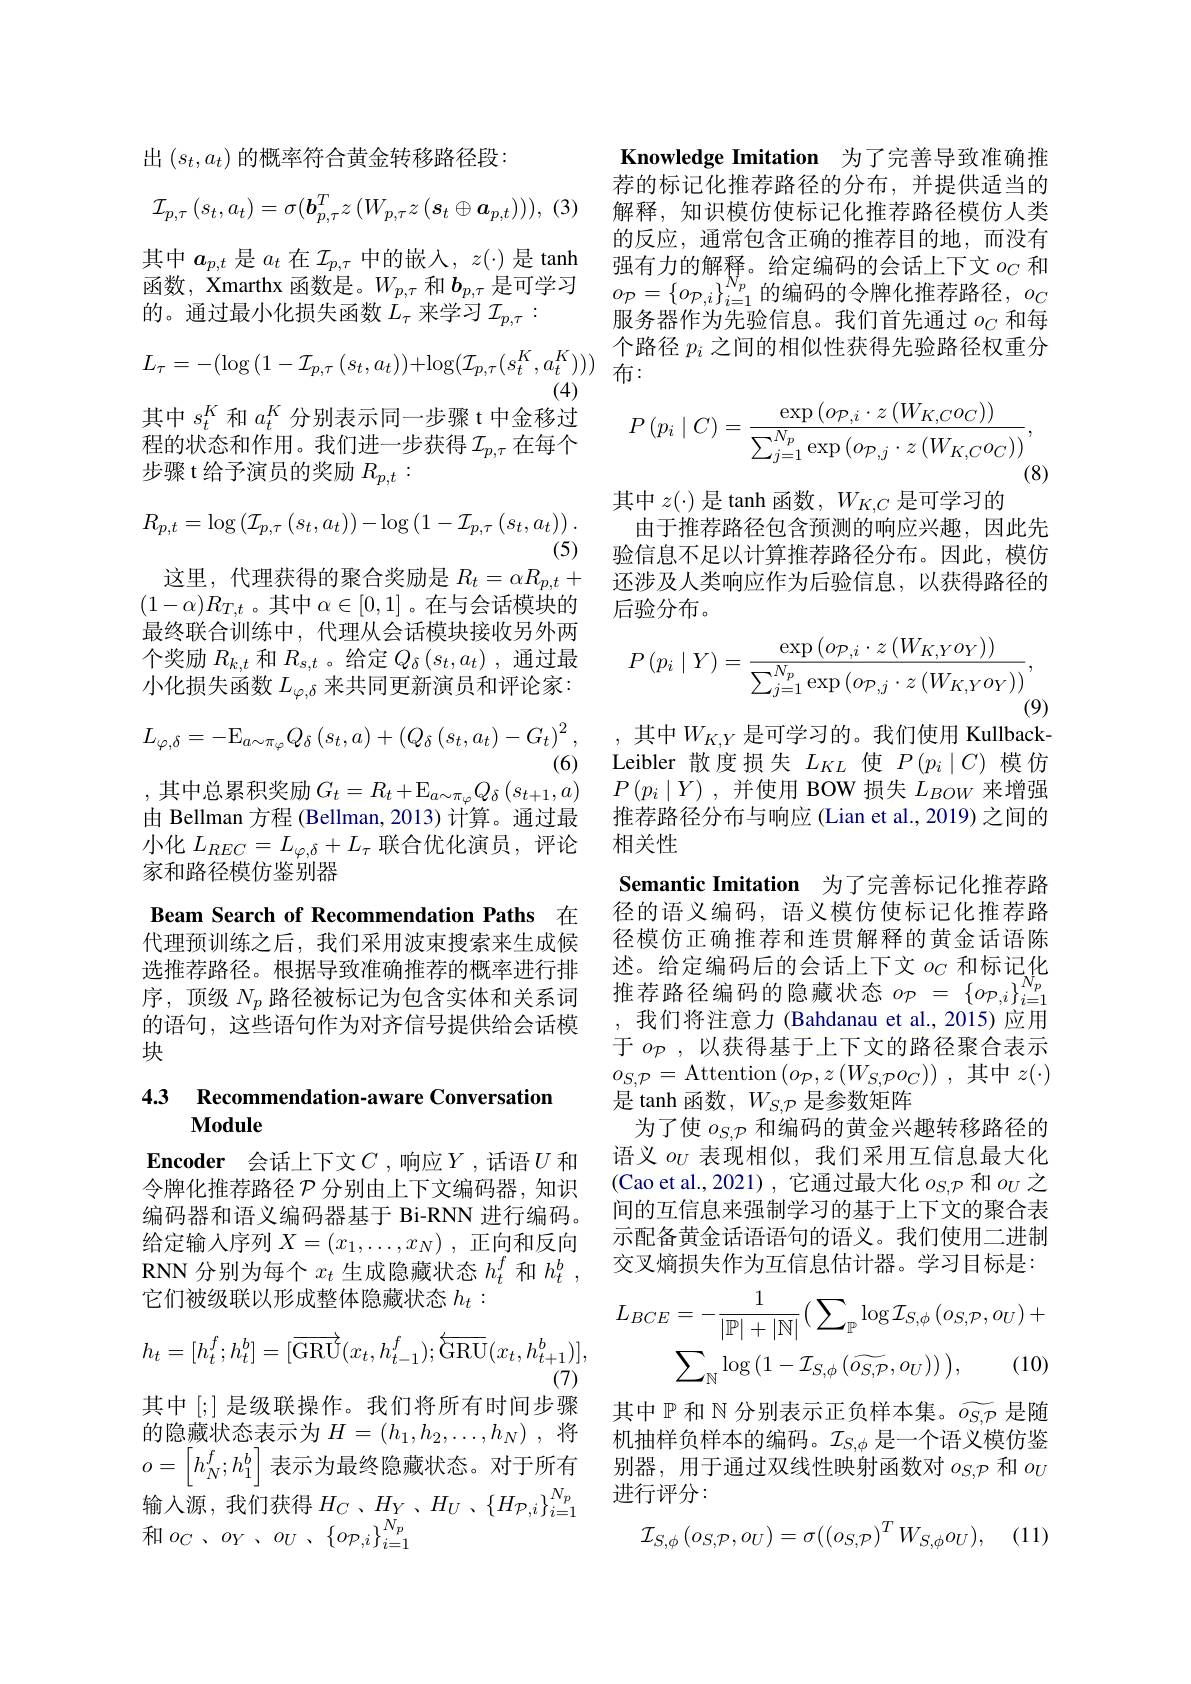
出$(s_t,a_t)$的概率符合黄金转移路径段：
$$\mathcal{I}_{p,\tau}\left(s_t,a_t\right)=\sigma(\boldsymbol{b}_{p,\tau}^Tz\left(W_{p,\tau}z\left(\boldsymbol{s}_t\oplus\boldsymbol{a}_{p,t}\right)\right)),$$
$$L_{\tau}=-(\log{(1-\mathcal{I}_{p,\tau}\:(s_{t},a_{t}))}+\log(\mathcal{I}_{p,\tau}(s_{t}^{K},a_{t}^{K})))$$
(4)

其中$s_t^K$和$a_t^K$分别表示同一步骤 t 中金移过

其中$a_p,t$ 是$a_t$ 在$\mathcal{I}_p,\tau$中的嵌入$,z(\cdot)$ 是 tanh 函数，Xmarthx 函数是。$W_p,\tau$和$b_{p,\tau}$是可学习的。通过最小化损失函数$L_\tau$来学习$\mathcal{I}_p,\tau:$
程的状态和作用。我们进一步获得$\mathcal{I}_p,\tau$在每个
步骤 t 给予演员的奖励$R_p,t:$
$$R_{p,t}=\log\left(\mathcal{I}_{p,\tau}\left(s_t,a_t\right)\right)-\log\left(1-\mathcal{I}_{p,\tau}\left(s_t,a_t\right)\right).$$
(5)
这里，代理获得的聚合奖励是$R_t=\alpha R_{p,t}+$还涉及人类响应作为后验信息，以获得路径的
$(1-\alpha)R_{T,t}$。其中$\alpha\in[0,1]$ 。在与会话模块的最终联合训练中，代理从会话模块接收另外两个奖励$R_{k,t}$和$R_{s,t}$ 。给定$Q_\delta\left(s_t,a_t\right)$,通过最小化损失函数$L_\varphi,\delta$来共同更新演员和评论家：
$$L_{\varphi,\delta}=-\mathrm{E}_{a\sim\pi_{\varphi}}Q_{\delta}\left(s_{t},a\right)+\left(Q_{\delta}\left(s_{t},a_{t}\right)-G_{t}\right)^{2},$$
(6) Leibler 散度损失$L_KL$ 使$P(p_i\mid C)$模仿
,其中总累积奖励$G_t= R_t+ \mathbb{E} _{a\sim \pi _\varphi }Q_\delta \left ( s_{t+ 1}, a\right )$ $P\left ( p_i\mid Y\right ) $,并使用 BOW 损失$L_{BOW}$来增强
由 Bellman 方程 (Bellman, 2013) 计算。通过最小化$L_{REC}=L_{\varphi,\delta}+L_{\tau}$联合优化演员，评论家和路径模仿鉴别器
Beam Search of Recommendation Paths 在代理预训练之后，我们采用波束搜索来生成候

选推荐路径。根据导致准确推荐的概率进行排序，顶级$N_p$路径被标记为包含实体和关系词的语句，这些语句作为对齐信号提供给会话模块

## 4.3 Recommendation-aware Conversation Module

Encoder 会话上下文$C$ ,响应$Y$ ,话语 $U$ 和令牌化推荐路径$\mathcal{P}$分别由上下文编码器，知识给定输入序列$X=(x_1,\ldots,x_N)$ ,正向和反向RNN 分别为每个$x_t$生成隐藏状态$h_t^f$和$h_t^b$, 它们被级联以形成整体隐藏状态$h_t:$
$$h_{t}=[h_{t}^{f};h_{t}^{b}]=[\overrightarrow{\mathrm{GRU}}(x_{t},h_{t-1}^{f});\overleftarrow{\mathrm{GRU}}(x_{t},h_{t+1}^{b})],$$
(7)

其中[;] 是级联操作。我们将所有时间步骤的隐藏状态表示为$H=(h_1,h_2,\ldots,h_N)$ ,将$o=[h_N^f;h_1^b]$表示为最终隐藏状态。对于所有别 器 , 用 于 通 过 双 线 性 映 射 函 数 对 $o_{S, P}$和 $o_U$
输入源，我们获得$H_C$ $、 H_{Y}$ , $H_{U}$ , $\{ H_{\mathcal{P} , i}\} _{i= 1}^{N_p}$
制 人 你 , 我 们 仍 付 $\Pi _{C}$ $、 \Pi _{Y}$ 和 $o_{C}$ $、 o_{Y}$ $、 o_{U}$ $、 \{ o_{\mathcal{P} , i}\} _{i= 1}^{N_{p}}$

Knowledge Imitation 为了完善导致准确推荐的标记化推荐路径的分布，并提供适当的解释，知识模仿使标记化推荐路径模仿人类的反应，通常包含正确的推荐目的地，而没有强有力的解释。给定编码的会话上下文$o_C$和$o_{\mathcal{P}}=\left\{o_{\mathcal{P},i}\right\}_{i=1}^{N_p}$的编码的令牌化推荐路径$,o_C$ 服务器作为先验信息。我们首先通过$o_C$ 和每个路径$p_i$之间的相似性获得先验路径权重分
${\text{)布：}}$
$$P\left(p_{i}\mid C\right)=\frac{\exp\left(o_{\mathcal{P},i}\cdot z\left(W_{K,C}o_{C}\right)\right)}{\sum_{j=1}^{N_{p}}\exp\left(o_{\mathcal{P},j}\cdot z\left(W_{K,C}o_{C}\right)\right)},$$
(8)

其中$z(\cdot)$是 tanh 函数，$W_K,C$是可学习的
由于推荐路径包含预测的响应兴趣，因此先验信息不足以计算推荐路径分布。因此，模仿后验分布。
$$P\left(p_{i}\mid Y\right)=\frac{\exp\left(o_{\mathcal{P},i}\cdot z\left(W_{K,Y}o_{Y}\right)\right)}{\sum_{j=1}^{N_{p}}\exp\left(o_{\mathcal{P},j}\cdot z\left(W_{K,Y}o_{Y}\right)\right)},$$
(9)
,其中$W_{K,Y}$ 是可学习的。我们使用 Kullback-

推荐路径分布与响应 (Lian et al., 2019) 之间的
相关性
Semantic Imitation 为了完善标记化推荐路径的语义编码，语义模仿使标记化推荐路径模仿正确推荐和连贯解释的黄金话语陈述。给定编码后的会话上下文$o_C$和标记化推荐路径编码的隐藏状态$o_{\mathcal{P}}=\left\{o_{\mathcal{P},i}\right\}_{i=1}^{N_{p}}$ ,我们将注意力 (Bahdanau et al.,2015)应用于$o_{\mathcal{P}}$,以获得基于上下文的路径聚合表示$o_{S,\mathcal{P}}=$Attention$\left(o_\mathcal{P},z\left(W_{\mathcal{S},\mathcal{P}}o_{\mathcal{C}}\right)\right)$,其中$z(\cdot)$ 是 tanh 函数，$W_{S,\mathcal{P}}$是参数矩阵
为了使$o_{S,\mathcal{P}}$和编码的黄金兴趣转移路径的语义$o_U$表现相似，我们采用互信息最大化(Cao et al.,2021),它通过最大化$o_S,\mathcal{P}$和$o_U$之
编码器和语义编码器基于 Bi-RNN 进行编码。间的互信息来强制学习的基于上下文的聚合表
示配备黄金话语语句的语义。我们使用二进制交叉熵损失作为互信息估计器。学习目标是：
$$\begin{aligned}L_{BCE}&=-\frac{1}{|\mathbb{P}|+|\mathbb{N}|}\big(\sum_{\mathbb{P}}\log\mathcal{I}_{S,\phi}\left(o_{S,\mathcal{P}},o_{U}\right)+\\&\sum_{\mathbb{N}}\log\left(1-\mathcal{I}_{S,\phi}\left(\widetilde{o_{S,\mathcal{P}}},o_{U}\right)\right)\big),\quad(10)\end{aligned}$$
其中$\mathbb{P}$和$\mathbb{N}$分别表示正负样本集。$\widetilde{o_{S,\mathcal{P}}}$是随机抽样负样本的编码。$\mathcal{I}_S,\phi$是一个语义模仿鉴进行评分：
$$\mathcal{I}_{S,\phi}\left(o_{S,\mathcal{P}},o_{U}\right)=\sigma(\left(o_{S,\mathcal{P}}\right)^{T}W_{S,\phi}o_{U}),$$
(11)